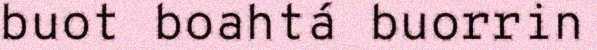
buot boahtá buorrin